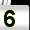
Digit: 5